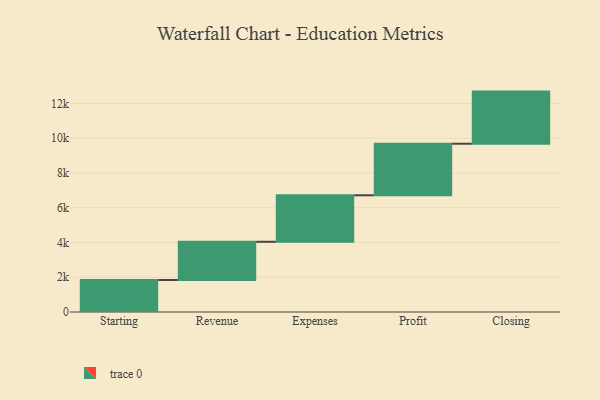
{"axis": {"x": "Step", "y": "Value"}, "legend": [""], "data": [{"x": "Starting", "y": 1842.0, "type": ""}, {"x": "Revenue", "y": 2200.0, "type": ""}, {"x": "Expenses", "y": 2676.0, "type": ""}, {"x": "Profit", "y": 2969.0, "type": ""}, {"x": "Closing", "y": 3000, "type": ""}]}